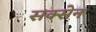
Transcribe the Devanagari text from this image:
सक्सेन